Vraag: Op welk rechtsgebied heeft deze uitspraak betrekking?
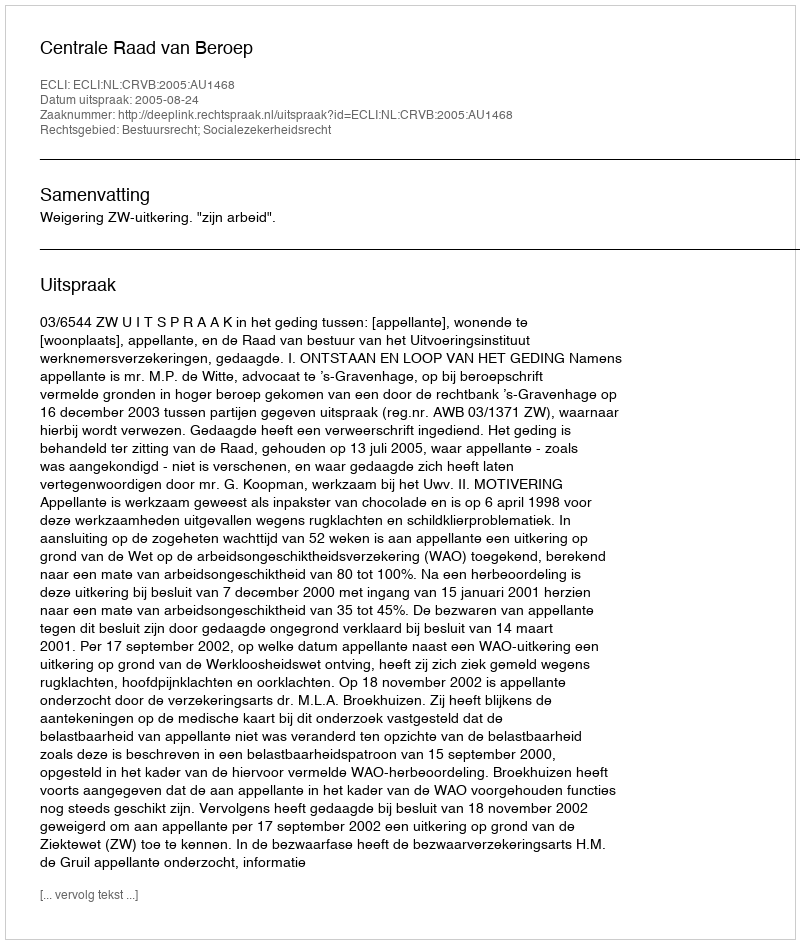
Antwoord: Bestuursrecht; Socialezekerheidsrecht